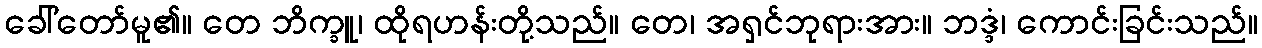
ခေါ်တော်မူ၏။ တေ ဘိက္ခူ၊ ထိုရဟန်းတို့သည်။ တေ၊ အရှင်ဘုရားအား။ ဘဒ္ဒံ၊ ကောင်းခြင်းသည်။